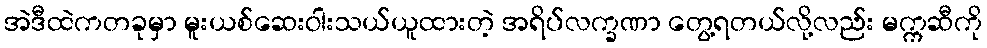
အဲဒီထဲကတခုမှာ မူးယစ်ဆေးဝါးသယ်ယူထားတဲ့ အရိပ်လက္ခဏာ တွေ့ရတယ်လို့လည်း မက္ကဆီကို